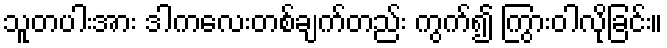
သူတပါးအား ဒါကလေးတစ်ချက်တည်း ကွက်၍ ကြွားဝါလိုခြင်း။